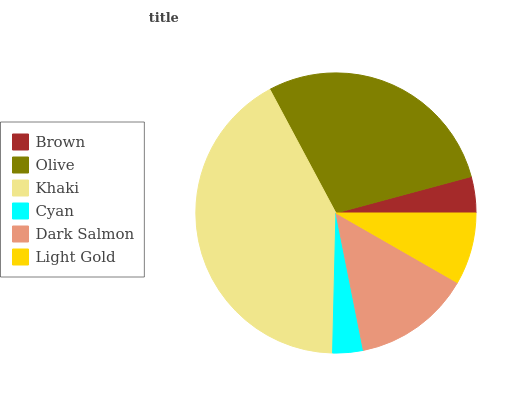
| Brown | Olive | Khaki | Cyan | Dark Salmon | Light Gold |
 | --- | --- | --- | --- | --- | --- |
 | 4.18% | 28.6% | 41.8% | 3.51% | 13.6% | 8.29% |